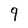
Character: 9